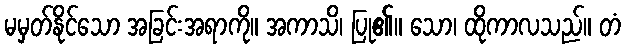
မမှတ်နိုင်သော အခြင်းအရာကို။ အကာသိ၊ ပြု၏။ သော၊ ထိုကာလသည်။ တံ